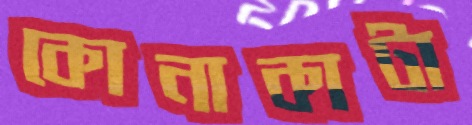
কোনাকাটা